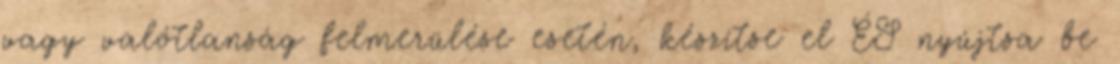
vagy valótlanság felmerülése esetén, készítse el ÉS nyújtsa be